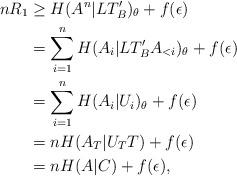
LaTeX: \begin{align*}n R_1 &\geq H(A^n|LT_B')_\theta + f(\epsilon)\\&= \sum_{i=1}^n H(A_i |LT_B' A_{<i})_\theta + f(\epsilon)\\&= \sum_{i=1}^n H(A_i | U_i)_\theta + f(\epsilon) \\&= n H(A_T | U_TT)+ f(\epsilon) \\&= n H(A | C)+ f(\epsilon),\end{align*}